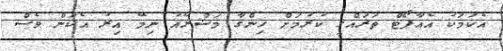
އެކަމަކު އެއާޕޯޓް ތަރައްގީ ކުރުމަށް ހިންގާ މަޝްރޫއު ނިމޭ އިރު އެކަން ވެސް